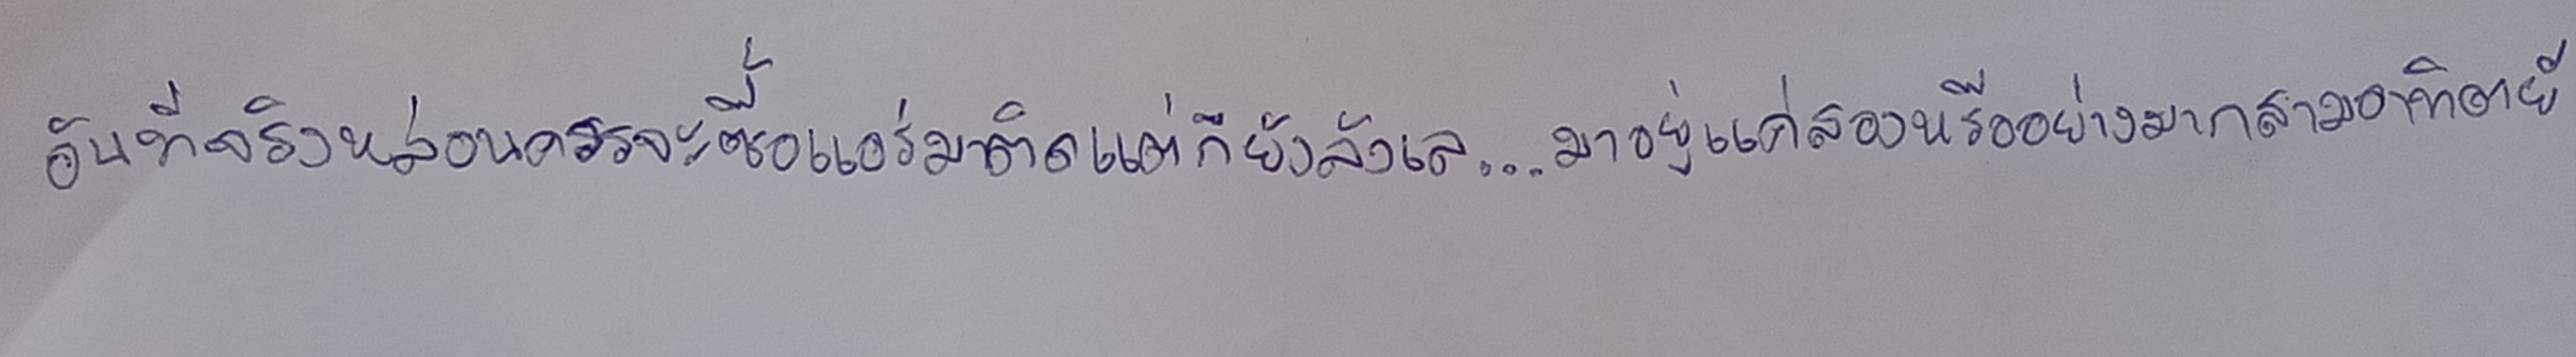
อันที่จริงหล่อนควรจะซื้อแอร์มาติดแต่ก็ยังลังเล...มาอยู่แค่สองหรืออย่างมากสามอาทิตย์